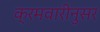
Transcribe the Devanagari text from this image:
क्रमवारीनुसर